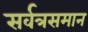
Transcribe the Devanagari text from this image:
सर्वत्रसमान